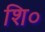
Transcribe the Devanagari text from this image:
शि०